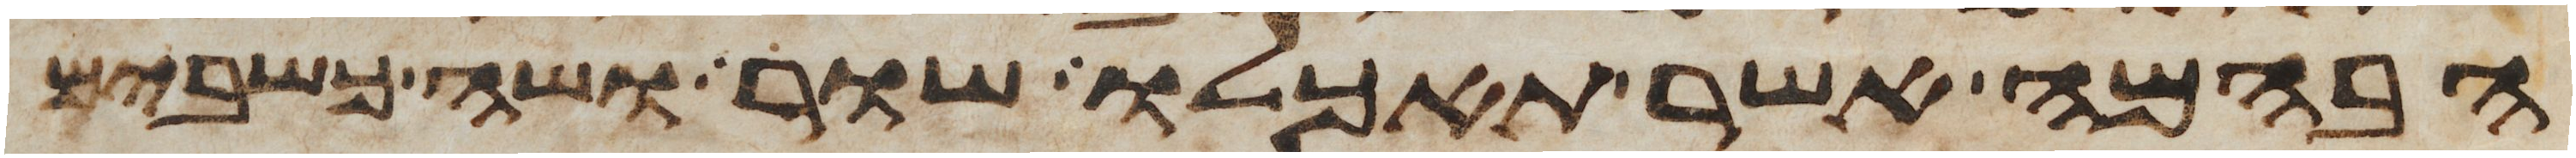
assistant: הבהמה אשר תאכלו שור ושה כשבים